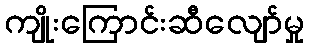
ကျိုးကြောင်းဆီလျော်မှု